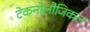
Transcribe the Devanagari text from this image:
टेकनोलौजिकल